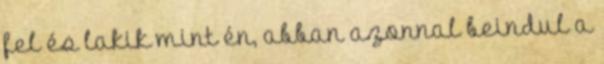
fel és lakik mint én, abban azonnal beindul a